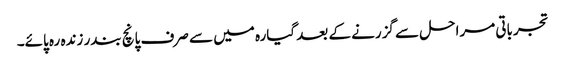
تجرباتی مراحل سے گزرنے کے بعد گیارہ میں سے صرف پانچ بندر زندہ رہ پائے۔